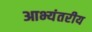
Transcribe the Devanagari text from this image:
आभ्यंतरीय